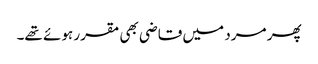
پھر مرد میں قاضی بھی مقرر ہوئے تھے۔